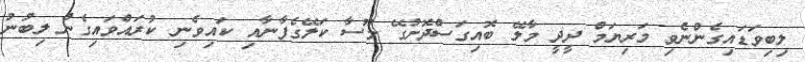
ލިބިވަޑައިގެންނެވި މަރިޔަމް ދީދީ މާލޭ ބޮއިގަސްދޮށުގޭ މޫސާ ކަލޭގެފާނާއި ކައިވެނި ކުރައްވައިގެން ލިބުނު